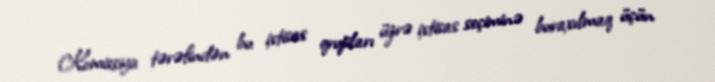
Komissiya tərəfindən bu ixtisas qrupları üzrə ixtisas seçiminə buraxılmaq üçün